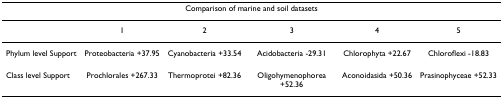
| <COLSPAN=6> Comparison of marine and soil datasets |
 | --- | --- | --- | --- | --- | --- |
 |  | 1 | 2 | 3 | 4 | 5 |
 | Phylum level Support | Proteobacteria +37.95 | Cyanobacteria +33.54 | Acidobacteria -29.31 | Chlorophyta +22.67 | Chloroflexi -18.83 |
 | Class level Support | Prochlorales +267.33 | Thermoprotei +82.36 | Oligohymenophorea +52.36 | Aconoidasida +50.36 | Prasinophyceae +52.33 |